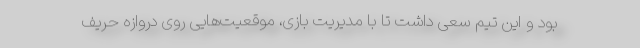
بود و این تیم سعی داشت تا با مدیریت بازی، موقعیت‌هایی روی دروازه حریف